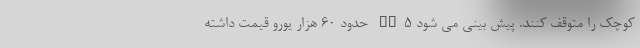
کوچک را متوقف کنند. پیش بینی می شود VZ5 حدود 60 هزار یورو قیمت داشته